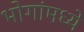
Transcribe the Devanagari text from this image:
भोगांमध्ये